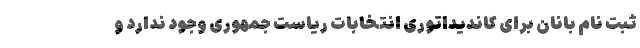
ثبت نام بانان برای کاندیداتوری انتخابات ریاست جمهوری وجود ندارد و